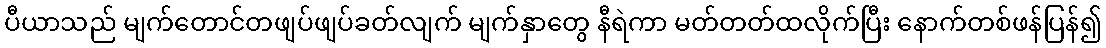
ပီယာသည် မျက်တောင်တဖျပ်ဖျပ်ခတ်လျက် မျက်နှာတွေ နီရဲကာ မတ်တတ်ထလိုက်ပြီး နောက်တစ်ဖန်ပြန်၍